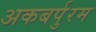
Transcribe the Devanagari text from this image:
अकबर्पुरम